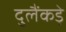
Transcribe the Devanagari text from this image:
दुलैंकड़े